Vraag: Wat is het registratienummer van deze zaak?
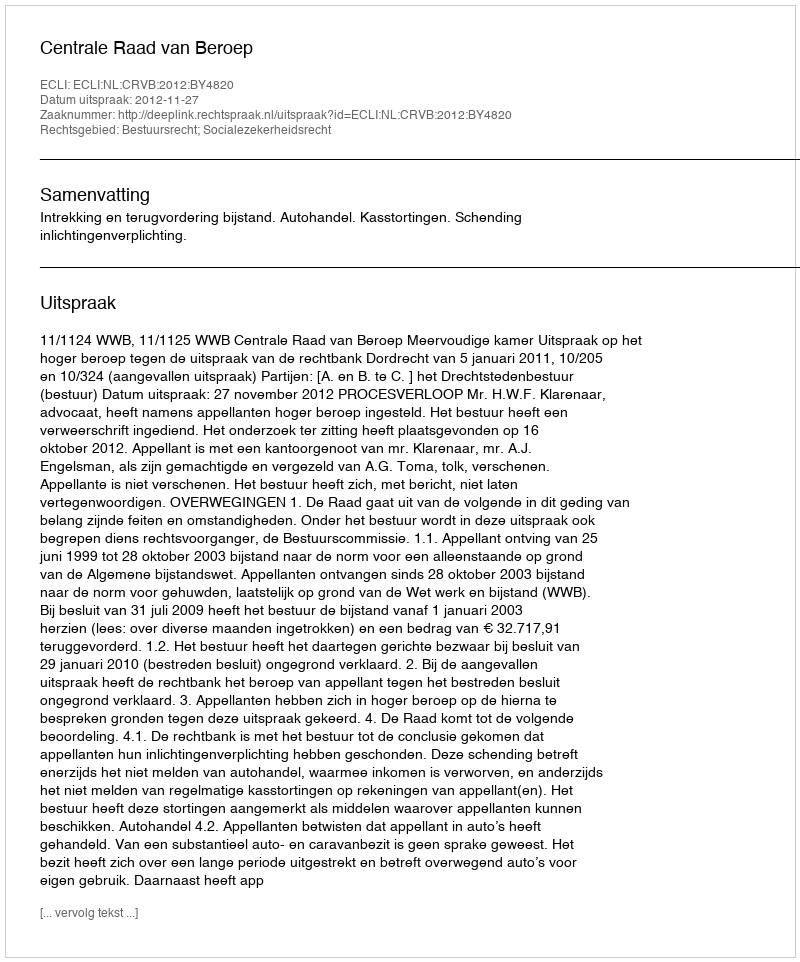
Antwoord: http://deeplink.rechtspraak.nl/uitspraak?id=ECLI:NL:CRVB:2012:BY4820